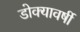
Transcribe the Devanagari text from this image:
डोक्यावर्षी